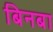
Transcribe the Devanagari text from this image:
बिनबा